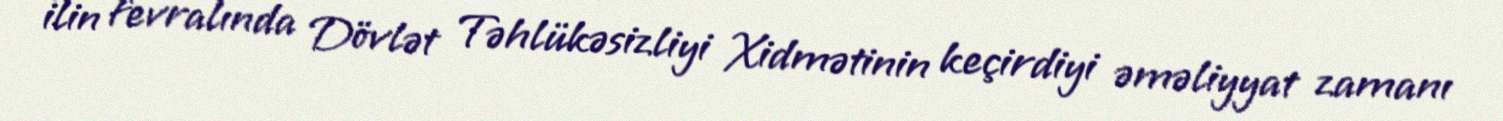
ilin fevralında Dövlət Təhlükəsizliyi Xidmətinin keçirdiyi əməliyyat zamanı